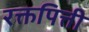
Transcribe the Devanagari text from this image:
रक्तपित्ती